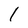
Character: l